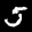
Label: 5